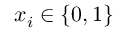
x _ { i } \in \{ 0 , 1 \}